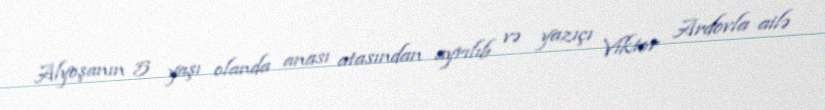
Alyoşanın 5 yaşı olanda anası atasından ayrılıb və yazıçı Viktor Ardovla ailə